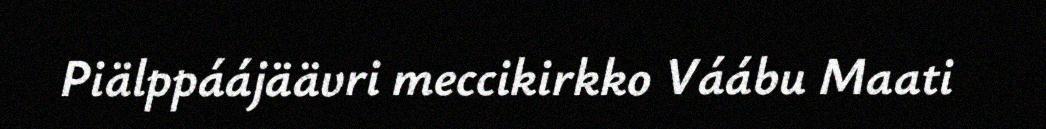
Piälppáájäävri meccikirkko Váábu Maati